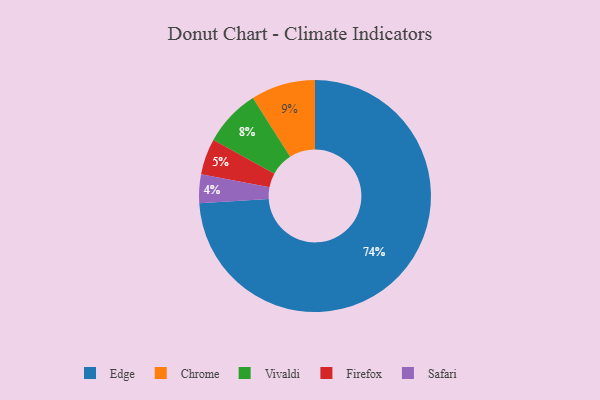
{"axis": {"x": "Category", "y": "Percentage"}, "legend": ["Chrome", "Edge", "Firefox", "Safari", "Vivaldi"], "data": [{"x": "Vivaldi", "y": 8, "type": "Vivaldi"}, {"x": "Safari", "y": 4, "type": "Safari"}, {"x": "Chrome", "y": 9, "type": "Chrome"}, {"x": "Firefox", "y": 5, "type": "Firefox"}, {"x": "Edge", "y": 74, "type": "Edge"}]}